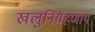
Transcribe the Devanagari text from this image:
खलुनिग्रहणाय